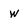
Character: W